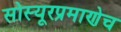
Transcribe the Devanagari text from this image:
सोस्यूरप्रमाणेच